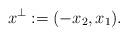
LaTeX: \begin{align*} x^\perp := (- x_2, x_1).\end{align*}